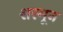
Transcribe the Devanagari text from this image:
शरमून